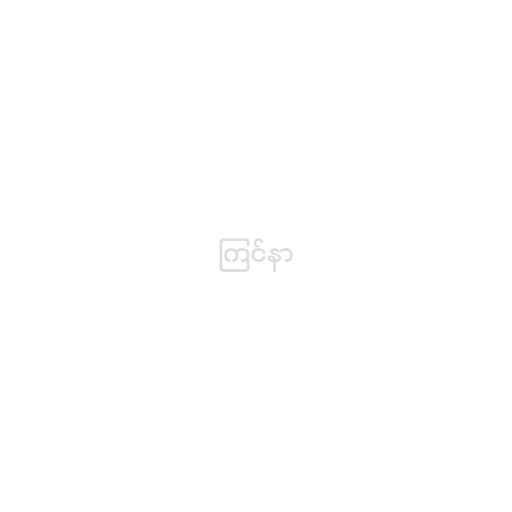
ကြင်နာ